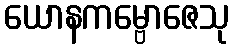
ယောနကမ္ဗောဇေသု